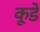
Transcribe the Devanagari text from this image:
कूडे